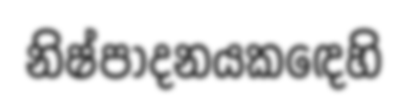
නිෂ්පාදනයකඳෙහි